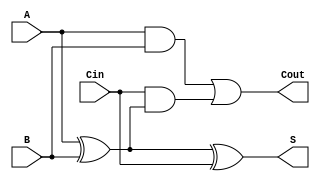
module low_power_full_adder (
    input wire A,      // First input bit
    input wire B,      // Second input bit
    input wire Cin,    // Carry input
    output wire S,     // Sum output
    output wire Cout    // Carry output
);

// Internal signals for intermediate calculations
wire AxorB; // Intermediate signal for A XOR B

// XOR gate for Sum (S)
assign AxorB = A ^ B; // A XOR B
assign S = AxorB ^ Cin; // S = (A XOR B) XOR Cin

// Carry-out (Cout) calculation
assign Cout = (A & B) | (Cin & AxorB); // Cout = (A AND B) OR (Cin AND (A XOR B))

endmodule